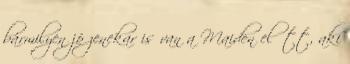
bármilyen jó zenekar is van a Maiden előtt, aki